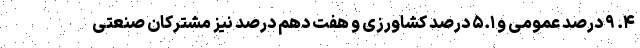
۴. ۹ درصد عمومی و ۵.۱ درصد کشاورزی و هفت دهم درصد نیز مشترکان صنعتی